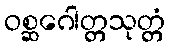
ဝစ္ဆဂေါတ္တသုတ္တံ